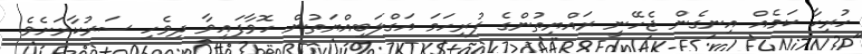
ހުރިހާ ކަމެއް އިނގެން ޖެހޭނީ ރައްްޔިތުންގެ ފުރިހަމަ އަގްލަބިއްޔަތުން ހޮވާފައިވާ ދިވެހި ސަރުކާރަށެވެ.